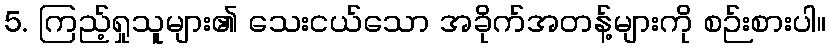
5. ကြည့်ရှုသူများ၏ သေးငယ်သော အခိုက်အတန့်များကို စဉ်းစားပါ။